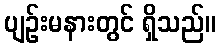
ပျဉ်းမနားတွင် ရှိသည်။